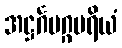
အဋ္ဌင်္ဂမဂ္ဂမရိယံ